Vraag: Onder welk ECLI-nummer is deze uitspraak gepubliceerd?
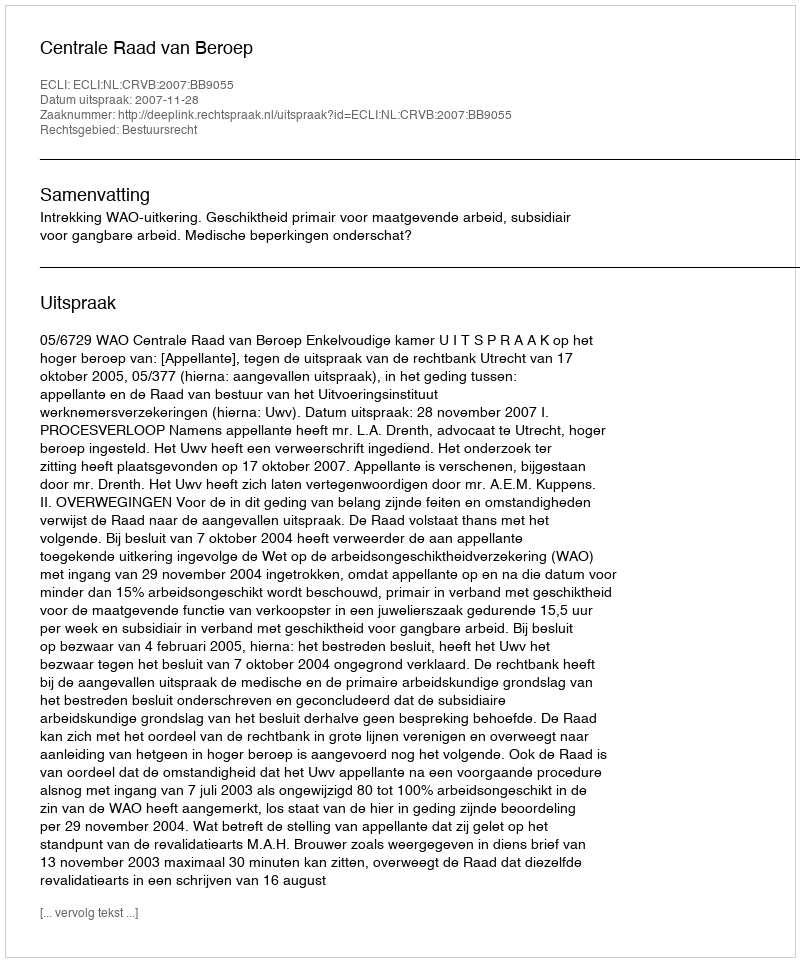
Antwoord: ECLI:NL:CRVB:2007:BB9055